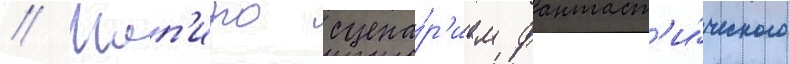
// Шап'иро сцена́р'ием фантаст'и́ческого